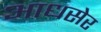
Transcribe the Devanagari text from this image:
आधसेर